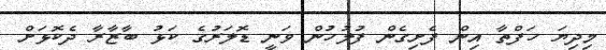
މިދިޔަ ހަފްތާ އިން ފެށިގެން ފުލުހުން ވަނީ ޑޮލަރުގެ ކަޅު ބާޒާރާ ދެކޮޅަށް